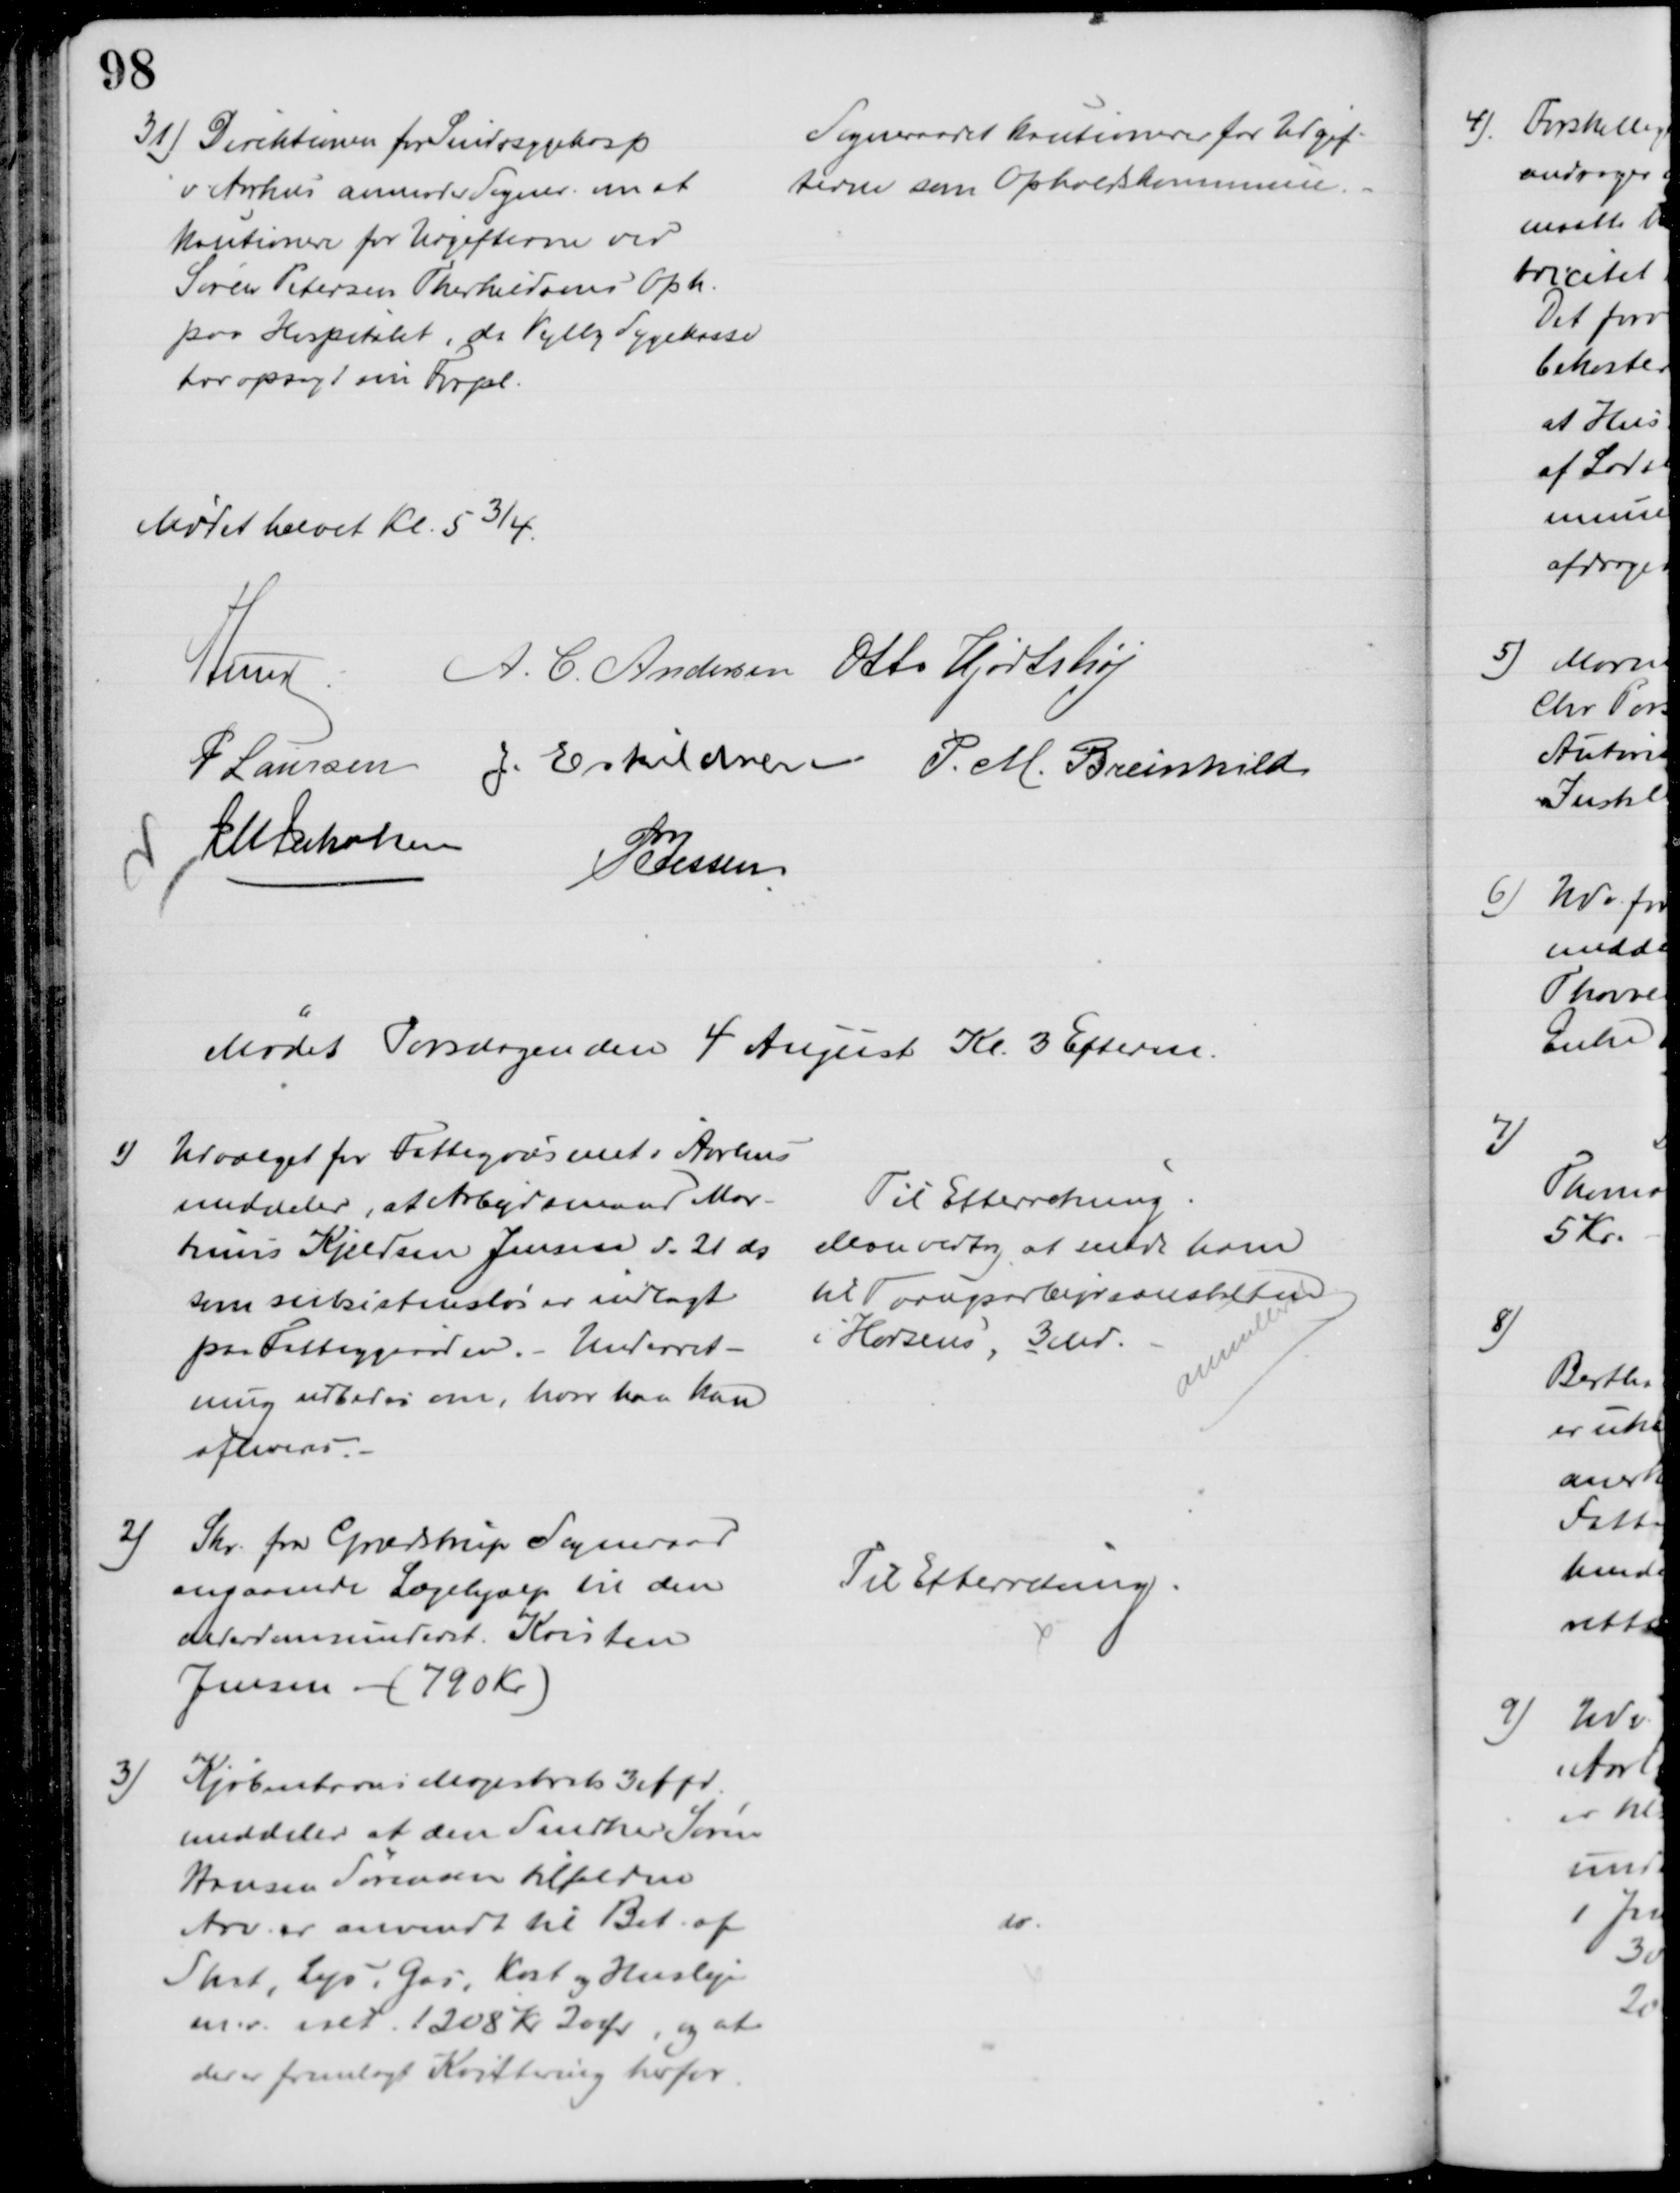
Transskription:
31) Direktionen for Sindssygehosp
v Aarhus anmoder Sogner. om at
kautionere for Udgifterne ved
Søren Petersen Therkildsens Oph.
paa Hospitalet, da Vejlby Sygekasse
har opsagt sin Forpl.
Sogneraadet kautionerer for Udgif-
terne som Opholdskommune.
Mødet hævet Kl. 5¾.
A Lund A. C. Andersen Otto Hjortshøj
P Laursen J. Eskildsen P. M. Breinhild
J M Jakobsen
P Jessen
Mødet Torsdagen den 4 August Kl. 3 Efterm.
1)
Udvalget for Fattigvæsenet i Aarhus
meddeler, at Arbejdsmand Mar-
tinus Kjeldsen Jensen d. 21 ds
som subsistensløs er indlagt
paa Fattiggaarden. - Underret-
ning udbedes om, hvor han kan
afleveres.
Til Efterretning
Man vedtog at sende ham
til Tvangsarbejdsanstalten
i Horsens, 3 Md.
annulleret
2)
Skr. fra Grædstrup Sogneraad
angaaende Lægehjælp til den
Alderdomsunderst. Kristen
Jensen (790 Kr.)
Til Efterretning
3)
Kjøbenhavns Magistrats 3 Afd.
meddeler at den Snedker Søren
Hansen Sørensen tilfaldne
Arv er anvendt til Bet. af
Skat, Lys, Gas, Kost og Husleje
m.v. ialt. 1208 Kr 20 Ør, og at
der er fremlagt Kvittering herfor
do